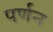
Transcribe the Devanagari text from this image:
पर्णन